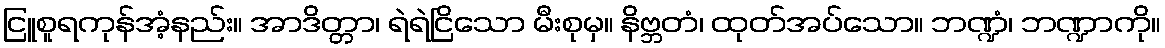
ငြူစူရကုန်အံ့နည်း။ အာဒိတ္တာ၊ ရဲရဲငြိသော မီးစုမှ။ နိဗ္ဘတံ၊ ထုတ်အပ်သော။ ဘဏ္ဍံ၊ ဘဏ္ဍာကို။